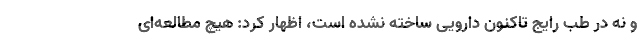
و نه در طب رایج تاکنون دارویی ساخته نشده است، اظهار کرد: هیچ مطالعه‌ای